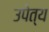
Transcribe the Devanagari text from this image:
उपेत्य